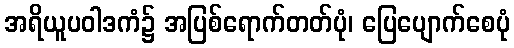
အရိယူပဝါဒကံ၌ အပြစ်ရောက်တတ်ပုံ၊ ပြေပျောက်စေပုံ